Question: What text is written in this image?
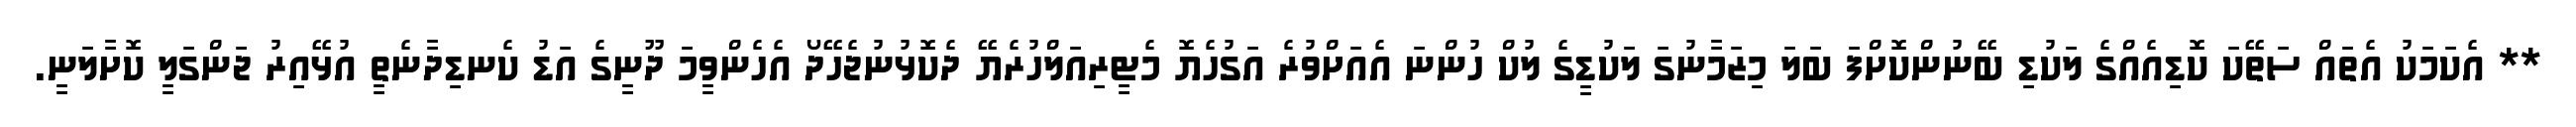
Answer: ** އެކަމަކު އެތައް ސަތޭކަ ކޮޑިއެއްގެ ލަކުޑި ބޭނުންކޮށްފަ ބަލަ މިޒަމާނުގަ ލަކުޑީގެ ލުކް ހުންނަ އެއަށްވުރެ އަގުހެޔޮ މެޓީރިއަލްހުރެޔޭ ދެކޮޅުނުޖެހޭދޯ އެހެންވީމަ ދޫނީގެ އަޑު ކެނޑިދާނެތީ އުޅޭއިރު ޖަންގަލީ ކޮށާލަނީ.